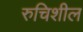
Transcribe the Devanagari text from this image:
रुचिशील